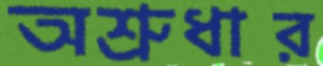
অশ্রুধার